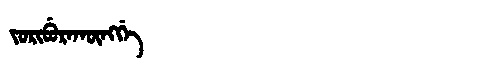
Manchu: ᠵᠣᡵᡳᠪᡠᡵᠠᡴᡡᠩᡤᡝ
Romanization: JORIBURAKŪNGGE